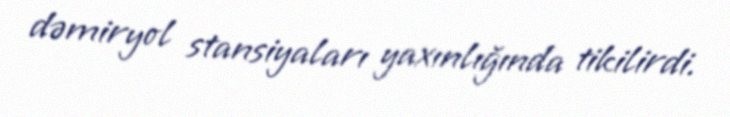
dəmiryol stansiyaları yaxınlığında tikilirdi.